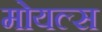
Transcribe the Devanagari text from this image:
मोयल्स